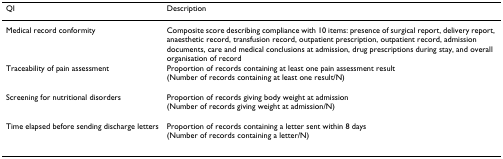
| QI | Description |
 | --- | --- |
 | Medical record conformity | Composite score describing compliance with 10 items: presence of surgical report, delivery report, anaesthetic record, transfusion record, outpatient prescription, outpatient record, admission documents, care and medical conclusions at admission, drug prescriptions during stay, and overall organisation of record |
 | Traceability of pain assessment | Proportion of records containing at least one pain assessment result (Number of records containing at least one result/N) |
 | Screening for nutritional disorders | Proportion of records giving body weight at admission (Number of records giving weight at admission/N) |
 | Time elapsed before sending discharge letters | Proportion of records containing a letter sent within 8 days (Number of records containing a letter/N) |